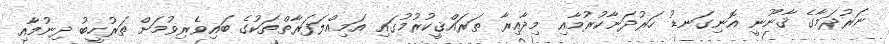
ނަރުދަމާގެ ޤާނޫނީ އޮނިގަނޑު ހަރުދަނާކުރުމާއި މިދާއިރާ ތަރައްޤީކުރުމުގައި އަމިއްލަފަރާތްތަކުގެ ބައިވެރިވުމަށް ތަރުހީބު ދިނުމާއި